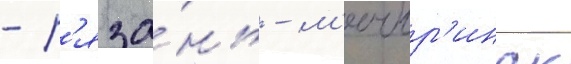
- р'яза́нь - м'ичур'инск